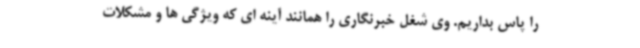
را پاس بداریم. وی شغل خبرنگاری را همانند آینه ای که ویژگی ها و مشکلات